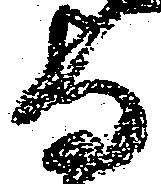
守